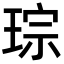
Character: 琮